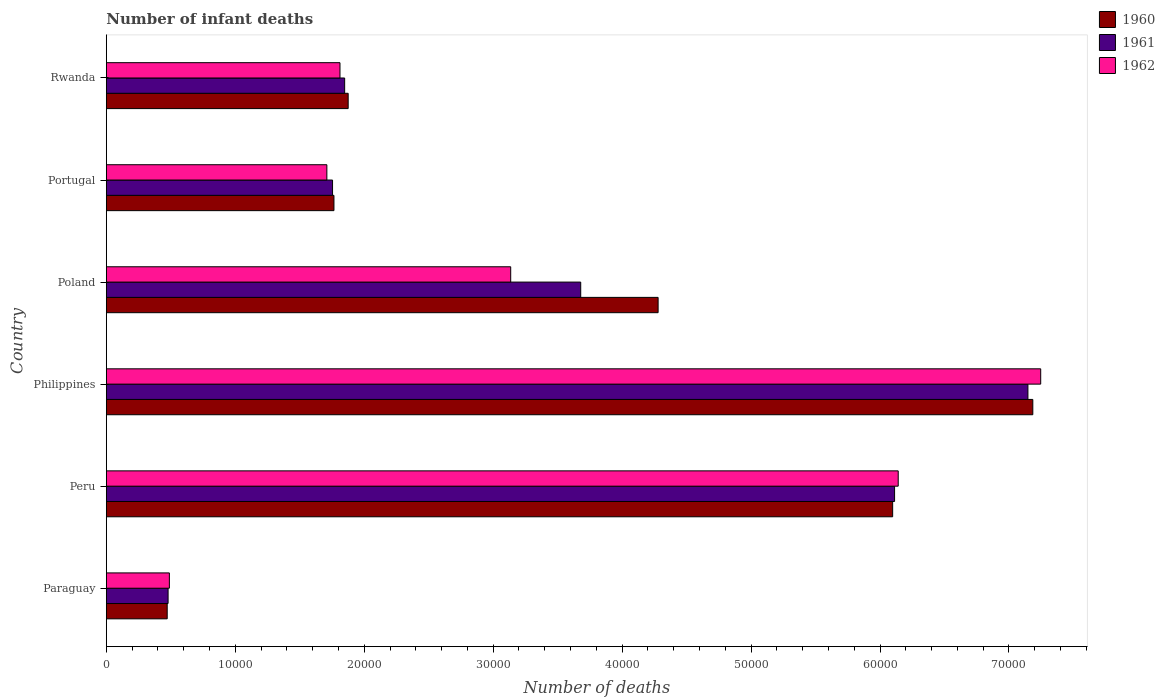
| Country | 1960 | 1961 | 1962 |
 | --- | --- | --- | --- |
 | Paraguay | 4.72e+03 | 4.79e+03 | 4.89e+03 |
 | Peru | 6.1e+04 | 6.11e+04 | 6.14e+04 |
 | Philippines | 7.18e+04 | 7.15e+04 | 7.25e+04 |
 | Poland | 4.28e+04 | 3.68e+04 | 3.14e+04 |
 | Portugal | 1.77e+04 | 1.75e+04 | 1.71e+04 |
 | Rwanda | 1.88e+04 | 1.85e+04 | 1.81e+04 |